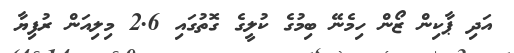
އަދި ޕާކިން ޒޯން ހިމެނޭ ބިމުގެ ކުލީގެ ގޮތުގައި 2.6 މިލިއަން ރުފިޔާ